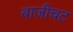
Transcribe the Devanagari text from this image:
बाजीचट